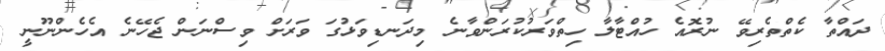
ދައްތާ ކެތްތެރިވޭ ނުރޮއެ ހުއްޓާލާ ހިތްވަރުކުރަންވާނެ މިދަނޑިވަޅުގަ ވަރަށް ވިސްނަން ޖެހޭނެ އެހެންނޫނީ